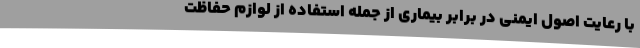
با رعایت اصول ایمنی در برابر بیماری از جمله استفاده از لوازم حفاظت